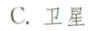
C.卫星